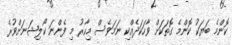
ކޮންމެ ބަޔަކު ކޮންމެ ގޮތަކަށް ވާހަކަދެއްކި ނަމަވެސް މިހާރު މި ފެންނަ ކޯލިޝަނަށްވުރެ